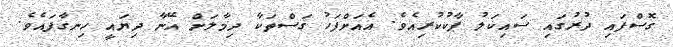
ގޮސްފައި ދުރުގައި ސައިކަލު ޕާކުކުރިއެވެ. އެއަށްފަހު ގަސްތަކާ ދިމާލަށް އޭނާ ދިޔައީ ހިނގާފައެވެ.